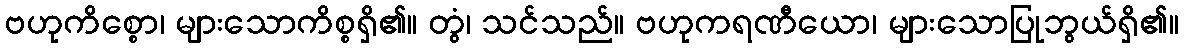
ဗဟုကိစ္စော၊ များသောကိစ္စရှိ၏။ တွံ၊ သင်သည်။ ဗဟုကရဏီယော၊ များသောပြုဘွယ်ရှိ၏။